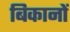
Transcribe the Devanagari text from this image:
बिकानों